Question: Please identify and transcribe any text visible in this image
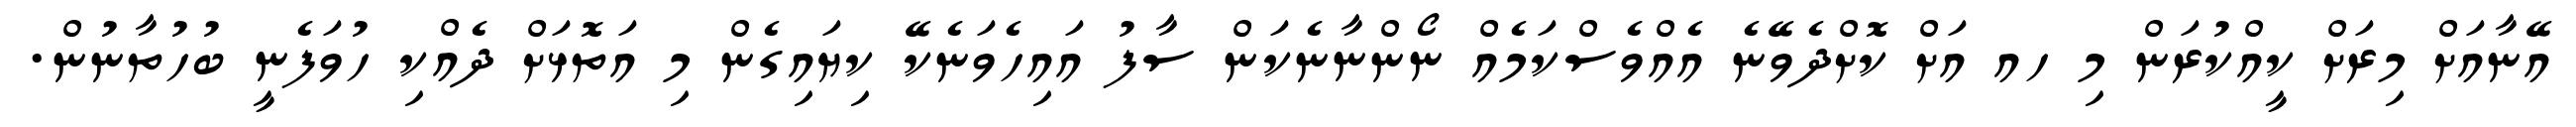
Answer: އޭނާއަށް މިރަށް ކީއްކުރަން މި ހއ އަށް ކޮށްދެވޭނެ އެއްވެސްކަމެއް ނޯންނާނެކަން ސާފު އައިހެވަނެކޭ ކިޔައިގެން މި އަތޮޅަށް ދެއްކި ހުވަފެނީ ބުހުތާނުން.